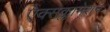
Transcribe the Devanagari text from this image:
ऐक्सक्लामेशन